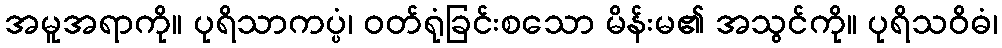
အမူအရာကို။ ပုရိသာကပ္ပံ၊ ဝတ်ရုံခြင်းစသော မိန်းမ၏ အသွင်ကို။ ပုရိသဝိဓံ၊